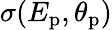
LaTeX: \sigma(E_{\mathrm{p}},\theta_{\mathrm{p}})